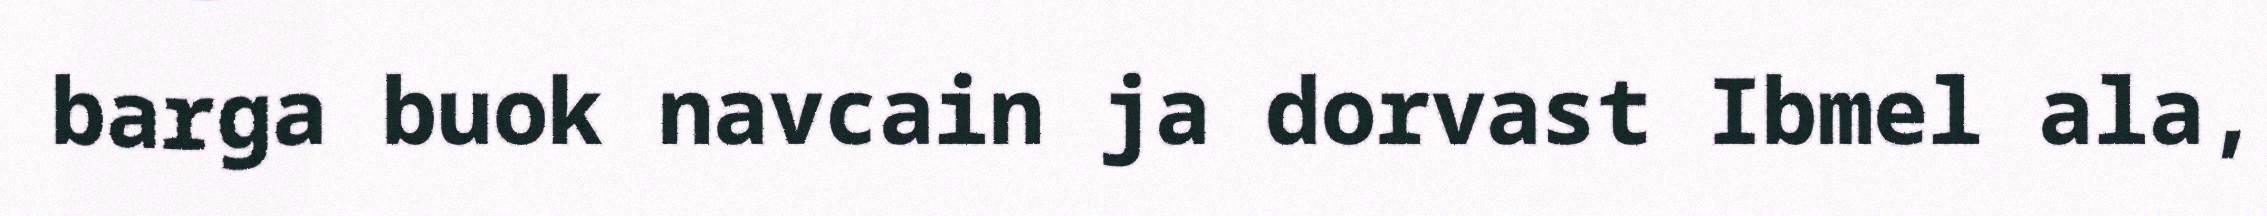
barga buok navcain ja dorvast Ibmel ala,